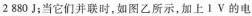
2 880J；当它们并联时，如图乙所示，加上1V的电